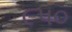
૯૫૦